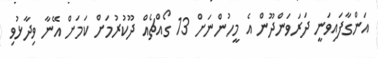
އަންގާފައިވަނީ ދަރަވަންދޫން އެ މީހުންނަށް 13 ގޯއްޗެއް ދޫކުރުމަށް ކަމަށް އޭނާ ވިދާޅުވި